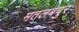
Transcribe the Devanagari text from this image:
मतलबपुर